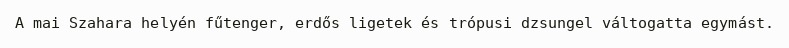
A mai Szahara helyén fűtenger, erdős ligetek és trópusi dzsungel váltogatta egymást.